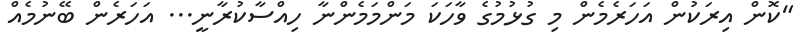
"ކޮން އިރަކުން އަހަރެމެން މި ގުޅުމުގެ ވާހަކަ މަންމަމެންނާ ހިއްސާކުރާނީ... އަހަރެން ބޭނުމެއް